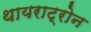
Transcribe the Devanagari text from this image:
थायराट्रोन